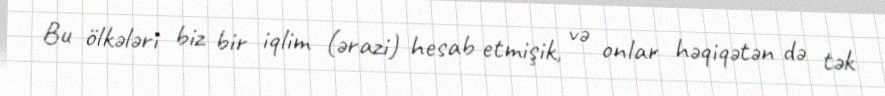
Bu ölkələri biz bir iqlim (ərazi) hesab etmişik, və onlar həqiqətən də tək